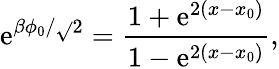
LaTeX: \mathrm{e}^{\beta\phi_{0}/\sqrt{}{{2}}}=\frac{{1+\mathrm{e}^{2(x-x_{0})}}}{{1-\mathrm{e}^{2(x-x_{0})}}},